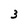
Character: 3